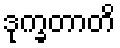
ဒုက္ခတာတိ